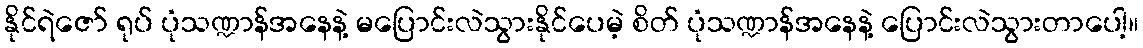
နိုင်ရဲဇော် ရုပ် ပုံသဏ္ဍာန်အနေနဲ့ မပြောင်းလဲသွားနိုင်ပေမဲ့ စိတ် ပုံသဏ္ဍာန်အနေနဲ့ ပြောင်းလဲသွားတာပေါ့။